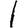
Digit: 1